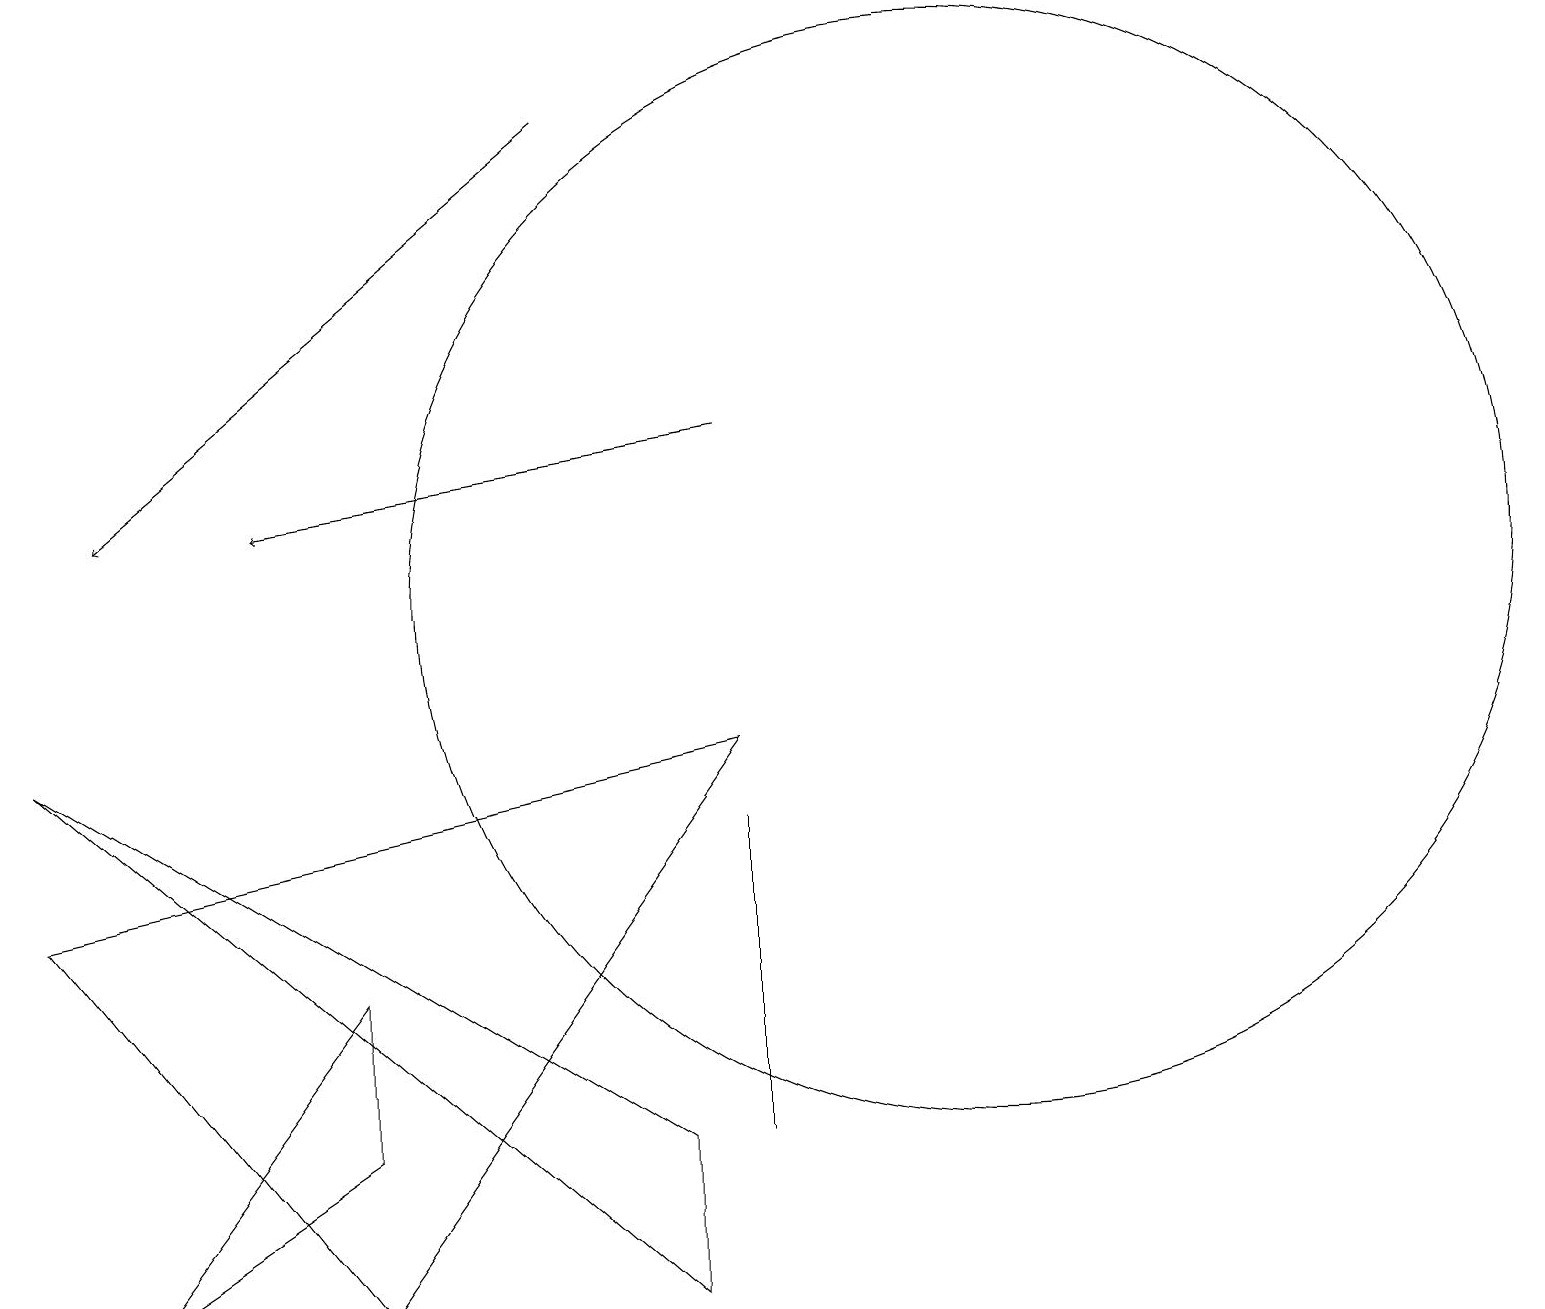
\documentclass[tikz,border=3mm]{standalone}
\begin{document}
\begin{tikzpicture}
\draw[->] (9,12) -- (3,11);
\draw (12,10) circle (7);
\draw[->] (7,16) -- (1,11);
\draw (1,1) -- (4,5) -- (4,3) -- cycle;
\draw (8,1) -- (0,8) -- (8,3) -- cycle;
\draw (9,3) -- (9,6) -- (9,7) -- cycle;
\draw (0,6) -- (4,1) -- (9,8) -- cycle;
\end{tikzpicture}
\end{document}